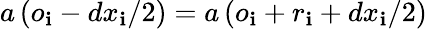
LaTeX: a\left(o_{\mathbf{i}}-dx_{\mathbf{i}}/2\right)=a\left(o_{\mathbf{i}}+r_{\mathbf{i}}+dx_{\mathbf{i}}/2\right)